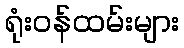
ရုံးဝန်ထမ်းများ